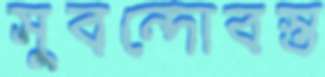
সুবন্দোবস্ত